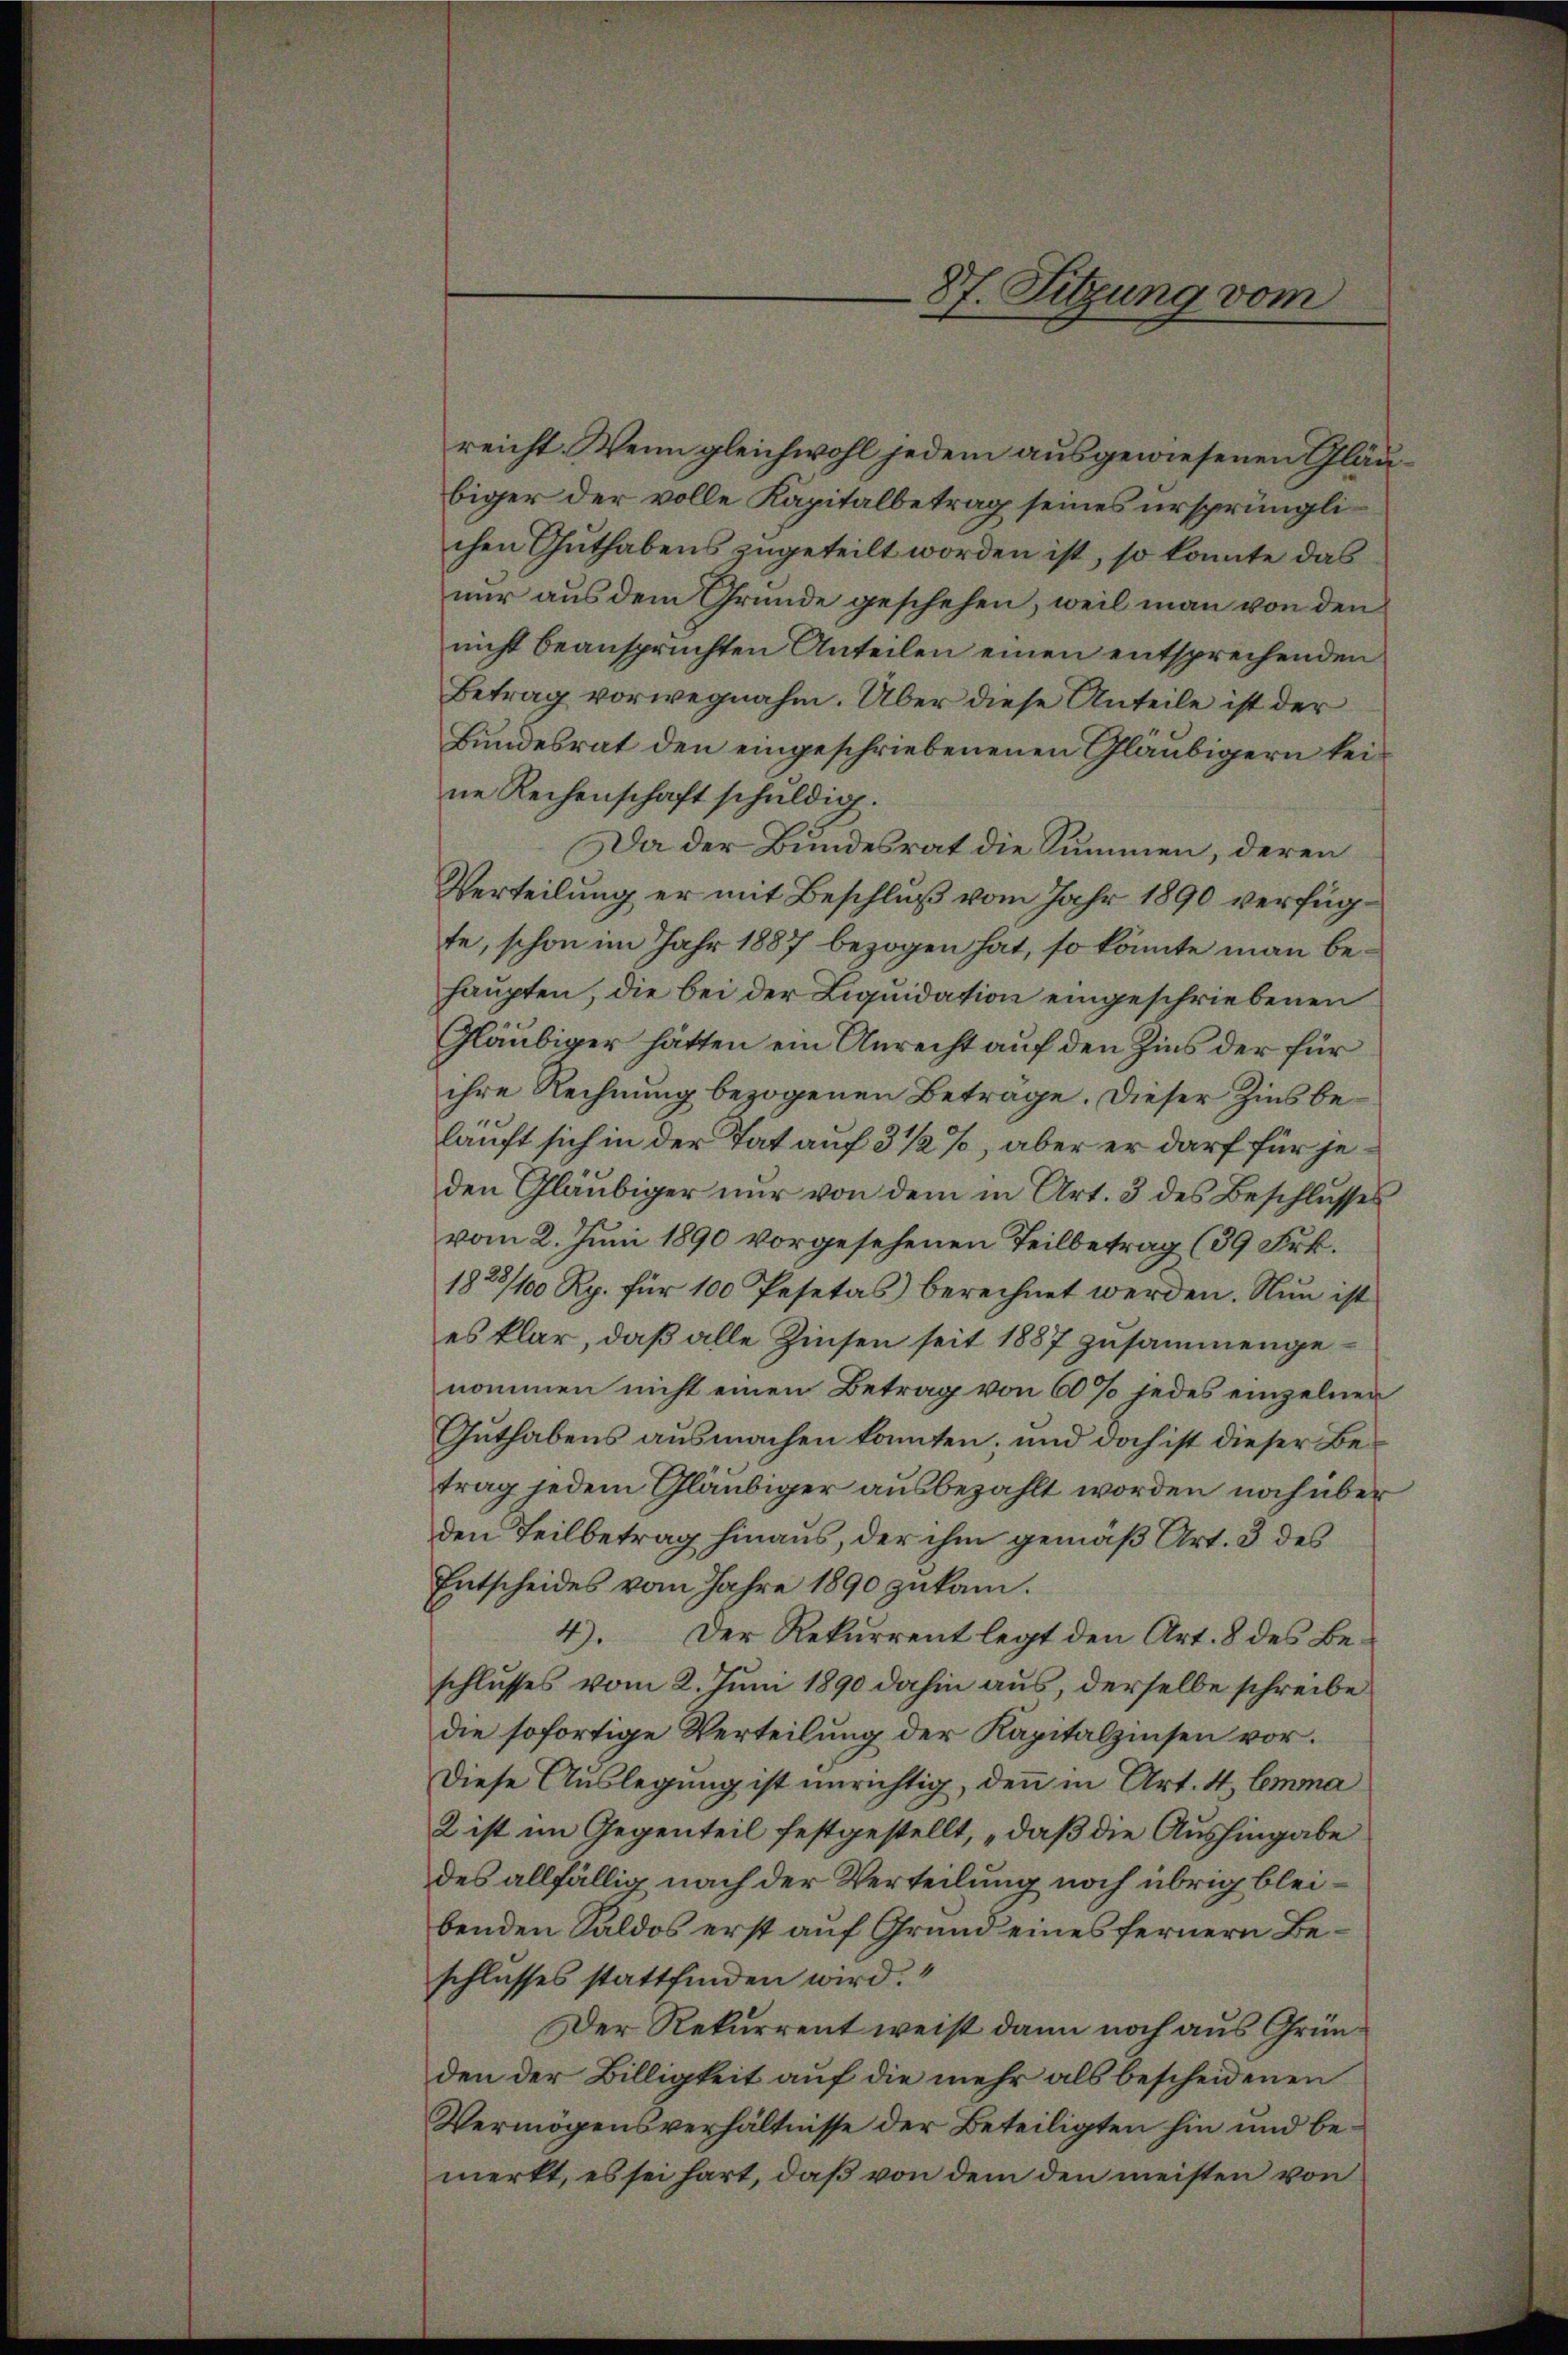
reicht. Wenn gleichwohl jedem ausgewiesenen Gläubiger der volle Kapitalbetrag seines ursprünglichen Guthabens zugeteilt worden ist, so konnte das
nur aus dem Grunde geschehen, weil man von den
nicht beanspruchten Anteilen einen entsprechenden
Betrag vorwegnahm. Über diese Anteile ist der
Bundesrat den eingeschriebenenen Gläubigern keine Rechenschaft schuldig.
Da der Bundesrat die Summen, deren
Verteilung er mit Beschluß vom Jahr 1890 verfügte, schon im Jahr 1887 bezogen hat, so könnte man behaupten, die bei der Liquidation eingeschriebenen
Gläubiger hätten ein Anrecht auf den Zins der für
ihre Rechnung bezogenen Betrage. Dieser Zins beläuft sich in der Tat auf 3 1/2%, aber er darf für jeden Gläubiger nur von dem in Art. 3 des Beschlŭsses
vom 2. Juni 1890 vorgesehenen Teilbetrag (39 Frk.
1828/100 Rp. für 100 Pesetas berechnet werden. Nun ist
es klar, daß alle Zinsen seit 1887 zusammengenommen nicht einen Betrag von 60 % jedes einzelnen
Guthabens ausmachen konnten; und doch ist dieser Betrag jedem Gläubiger ausbezahlt worden noch über
den Teilbetrag hinaus, der ihm gemäß Art. 3 des
Entscheides vom Jahre 1890 zukam.
4). Der Rekurrent legt den Art. 8 des Beschlusses vom 2. Juni 1890 dahin aus, derselbe schreibe
die sofortige Verteilung der Kapitalzinsen vor.
Diese Auslegung ist unrichtig, denn in Art. 4, Emma
2 ist im Gegenteil festgestellt, „daß die Aushingabe
des allfällig nach der Verteilung noch übrig bleibenden Saldos erst auf Grund eines fernern Beschlusses stattfinden wird.
Der Rekurrent weist dann noch aus Gründen der Billigkeit auf die mehr als bescheidenen
Vermögensverhältnisse der Beteiligten hin und bemerkt, es sei hart, daß von dem den meisten von

87. Sitzung vom